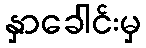
နှာခေါင်းမှ